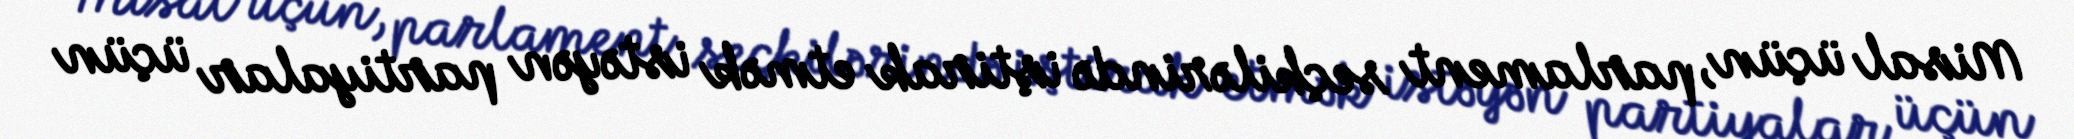
Misal üçün, parlament seçkilərində iştirak etmək istəyən partiyalar üçün